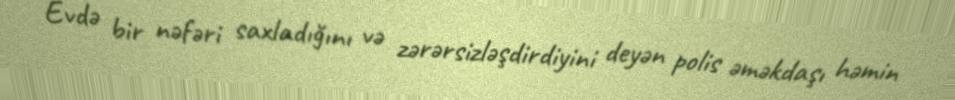
Evdə bir nəfəri saxladığını və zərərsizləşdirdiyini deyən polis əməkdaşı həmin